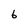
Character: 6